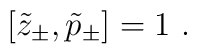
[\tilde{z}_{\pm},\tilde{p}_{\pm}]=1~.